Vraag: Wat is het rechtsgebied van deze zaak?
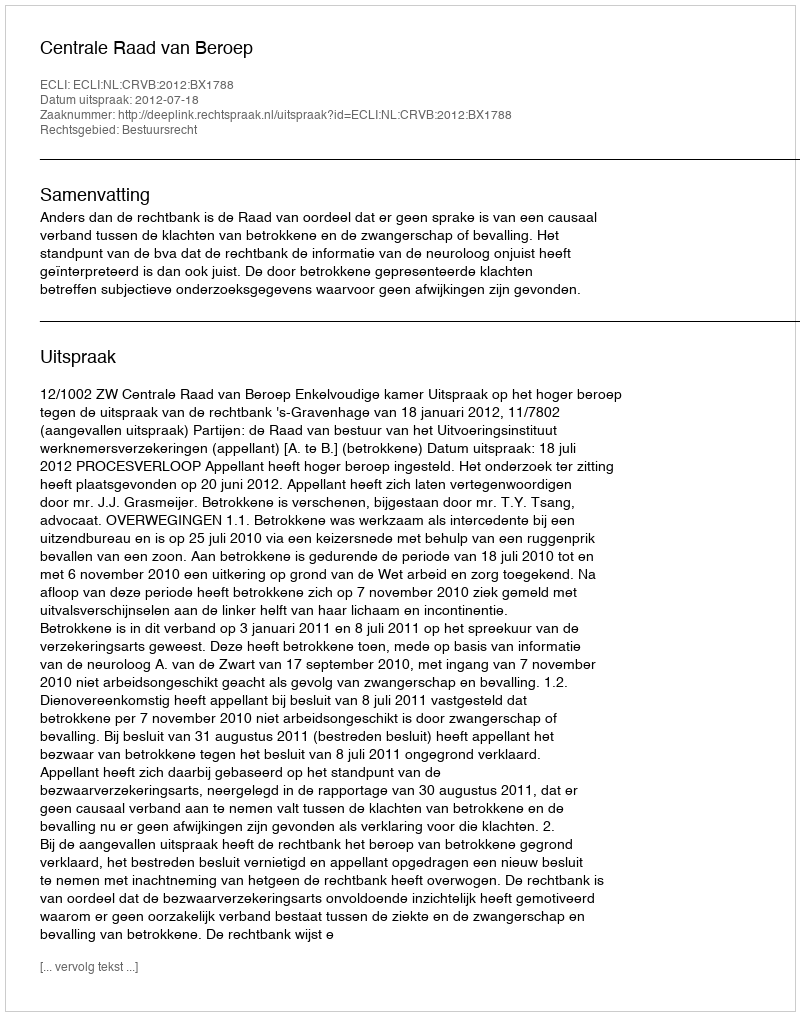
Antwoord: Bestuursrecht